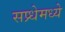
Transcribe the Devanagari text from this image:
सप्र्धेमध्ये